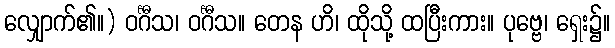
လျှောက်၏။) ဝင်္ဂီသ၊ ဝင်္ဂီသ။ တေန ဟိ၊ ထိုသို့ ထပြီးကား။ ပုဗ္ဗေ၊ ရှေး၌။